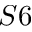
S 6